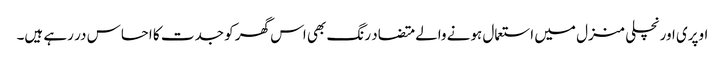
اوپری اور نچلی منزل میں استعمال ہونے والے متضاد رنگ بھی اس گھر کو جدت کا احساس در رہے ہیں۔